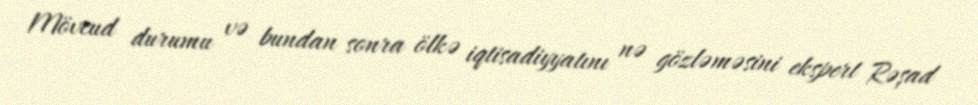
Mövcud durumu və bundan sonra ölkə iqtisadiyyatını nə gözləməsini ekspert Rəşad